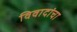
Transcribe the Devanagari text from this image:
विवादांचा